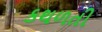
કથળતી